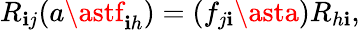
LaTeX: R_{\mathbf{i}j}(a\astf_{\mathbf{i}h})=(f_{j\mathbf{i}}\asta)R_{h\mathbf{i}},